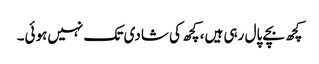
کچھ بچے پال رہی ہیں، کچھ کی شادی تک نہیں‌ہوئی۔